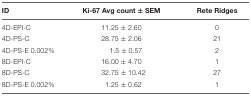
<table><thead><tr><td><b>ID</b></td><td><b>Ki-67 Avg count ± SEM</b></td><td><b>Rete Ridges</b></td></tr></thead><tbody><tr><td>4D-EPI-C</td><td>11.25 ± 2.60</td><td>0</td></tr><tr><td>4D-PS-C</td><td>28.75 ± 2.06</td><td>21</td></tr><tr><td>4D-PS-E 0.002%</td><td>1.5 ± 0.57</td><td>2</td></tr><tr><td>8D-EPI-C</td><td>16.00 ± 4.70</td><td>1</td></tr><tr><td>8D-PS-C</td><td>32.75 ± 10.42</td><td>27</td></tr><tr><td>8D-PS-E 0.002%</td><td>1.25 ± 0.62</td><td>1</td></tr></tbody></table>